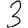
Digit: 3